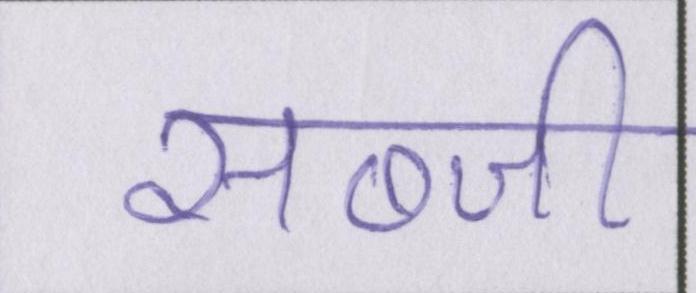
सब्जी